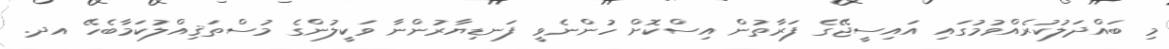
މި ބައްދަލުކުރެއްވުމުގައި އައިސީޖޭގެ ފަރާތުން އިސްކޮށް ހުންނެވީ ފަނޑިޔާރުންނާ ވަކީލުންގެ މުސްތަޤިއްލުކަމާބެހޭ އދ.